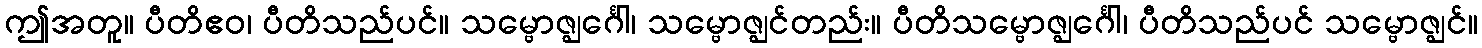
ဤအတူ။ ပီတိဧဝ၊ ပီတိသည်ပင်။ သမ္ဗောဇ္ဈင်္ဂေါ၊ သမ္ဗောဇ္ဈင်တည်း။ ပီတိသမ္ဗောဇ္ဈင်္ဂေါ၊ ပီတိသည်ပင် သမ္ဗောဇ္ဈင်။